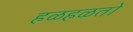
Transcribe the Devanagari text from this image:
हळहळतो